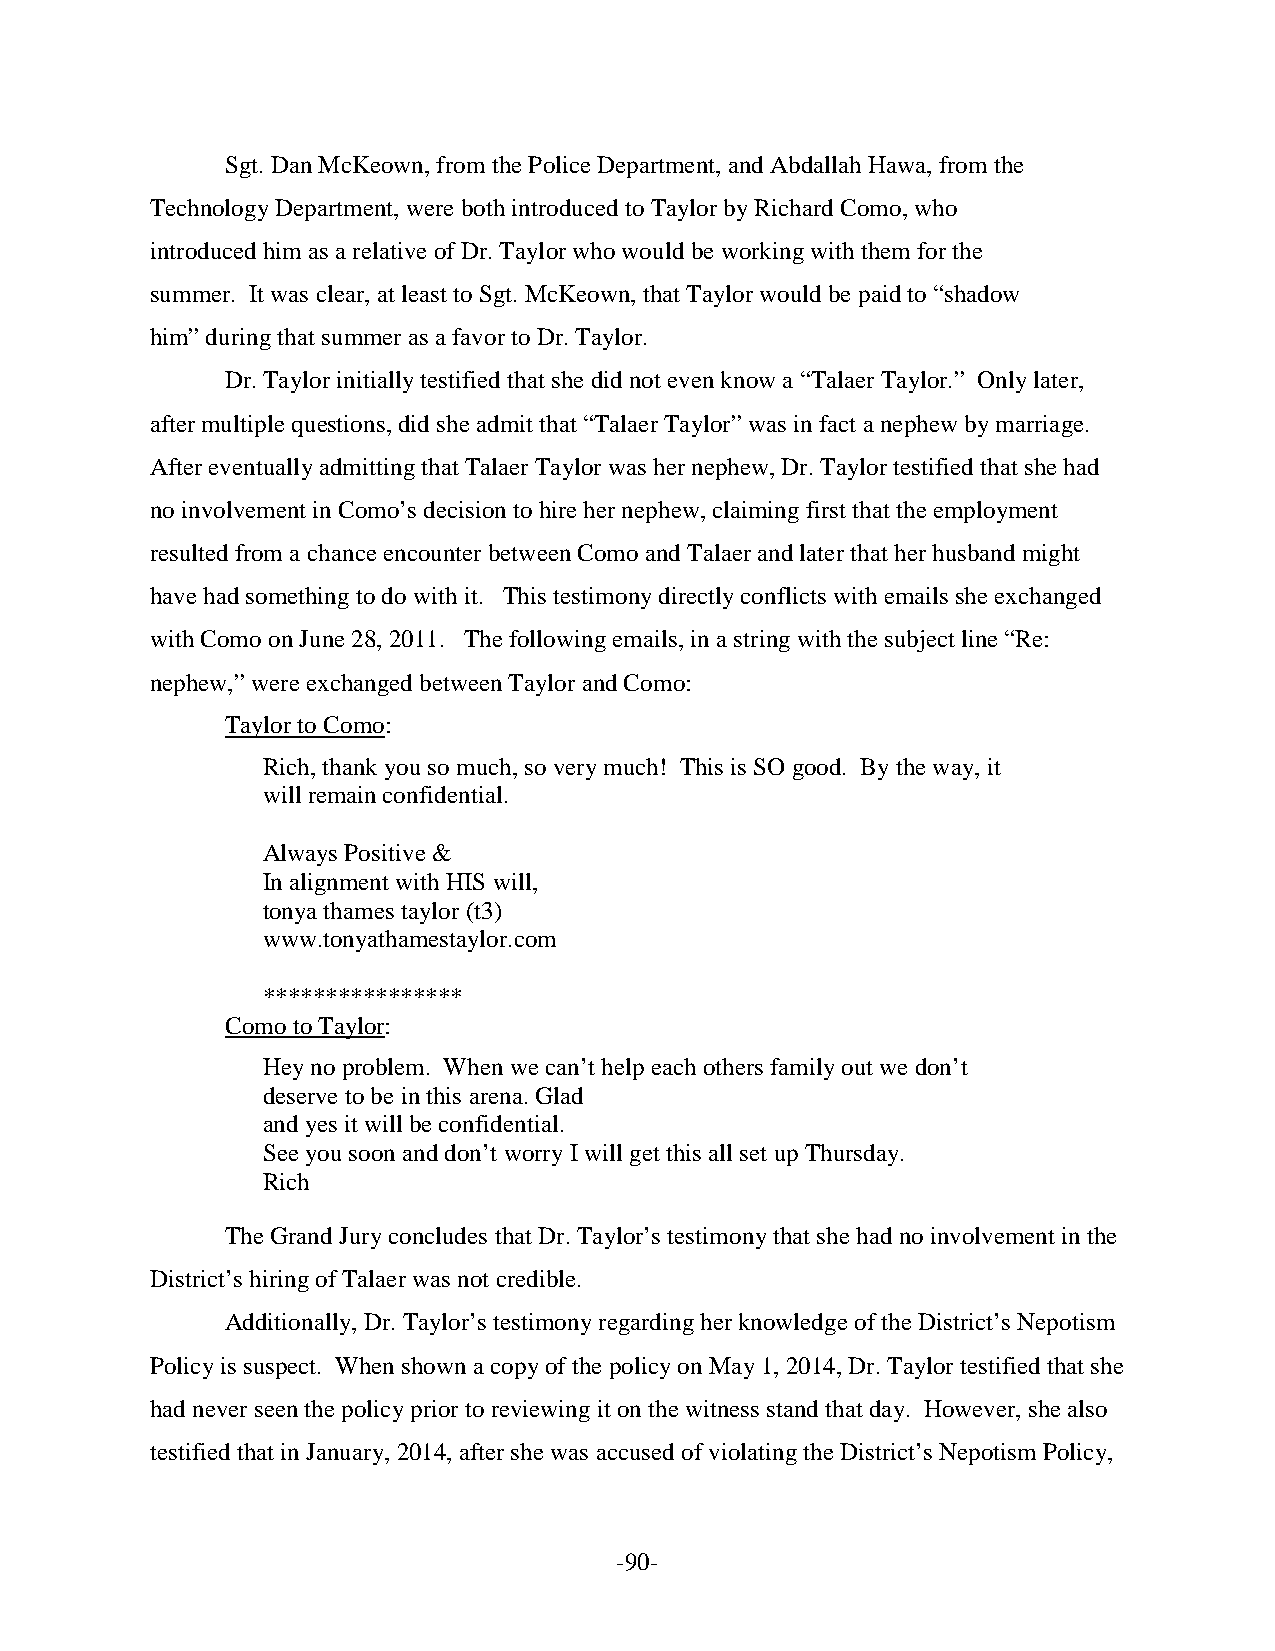
Sgt. Dan McKeown, from the Police Department, and Abdallah Hawa, from the
 Technology Department, were both introduced to Taylor by Richard Como, who
 introduced him as a relative of Dr. Taylor who would be working with them for the
 summer. It was clear, at least to Sgt. McKeown, that Taylor would be paid to “shadow
 him” during that summer as a favor to Dr. Taylor.
 Dr. Taylor initially testified that she did not even know a “Talaer Taylor.” Only later,
 after multiple questions, did she admit that “Talaer Taylor” was in fact a nephew by marriage.
 After eventually admitting that Talaer Taylor was her nephew, Dr. Taylor testified that she had
 no involvement in Como’s decision to hire her nephew, claiming first that the employment
 resulted from a chance encounter between Como and Talaer and later that her husband might
 have had something to do with it. This testimony directly conflicts with emails she exchanged
 with Como on June 28, 2011. The following emails, in a string with the subject line “Re:
 nephew,” were exchanged between Taylor and Como:
 Taylor to Como:
 Rich, thank you so much, so very much! This is SO good. By the way, it
 will remain confidential.
 Always Positive &
 In alignment with HIS will,
 tonya thames taylor (t3)
 www.tonyathamestaylor.com
 ****************
 Como to Taylor:
 Hey no problem. When we can’t help each others family out we don’t
 deserve to be in this arena. Glad
 and yes it will be confidential.
 See you soon and don’t worry I will get this all set up Thursday.
 Rich
 The Grand Jury concludes that Dr. Taylor’s testimony that she had no involvement in the
 District’s hiring of Talaer was not credible.
 Additionally, Dr. Taylor’s testimony regarding her knowledge of the District’s Nepotism
 Policy is suspect. When shown a copy of the policy on May 1, 2014, Dr. Taylor testified that she
 had never seen the policy prior to reviewing it on the witness stand that day. However, she also
 testified that in January, 2014, after she was accused of violating the District’s Nepotism Policy,
 -90-